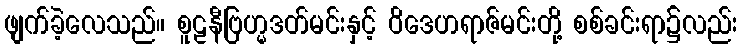
ဖျက်ခဲ့လေသည်။ စူဠနီဗြဟ္မဒတ်မင်းနှင့် ဝိဒေဟရာဇ်မင်းတို့ စစ်ခင်းရာ၌လည်း